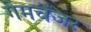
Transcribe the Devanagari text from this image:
गेमचेंजर